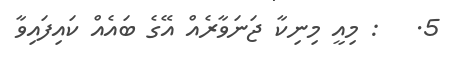
5.   : މިއީ މިނިކާ ޖަނަވާރެއް އޭގެ ބައެއް ކައިފައިވާ